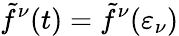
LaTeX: \tilde{f}^{\nu}(t)=\tilde{f}^{\nu}(\varepsilon_{\nu})